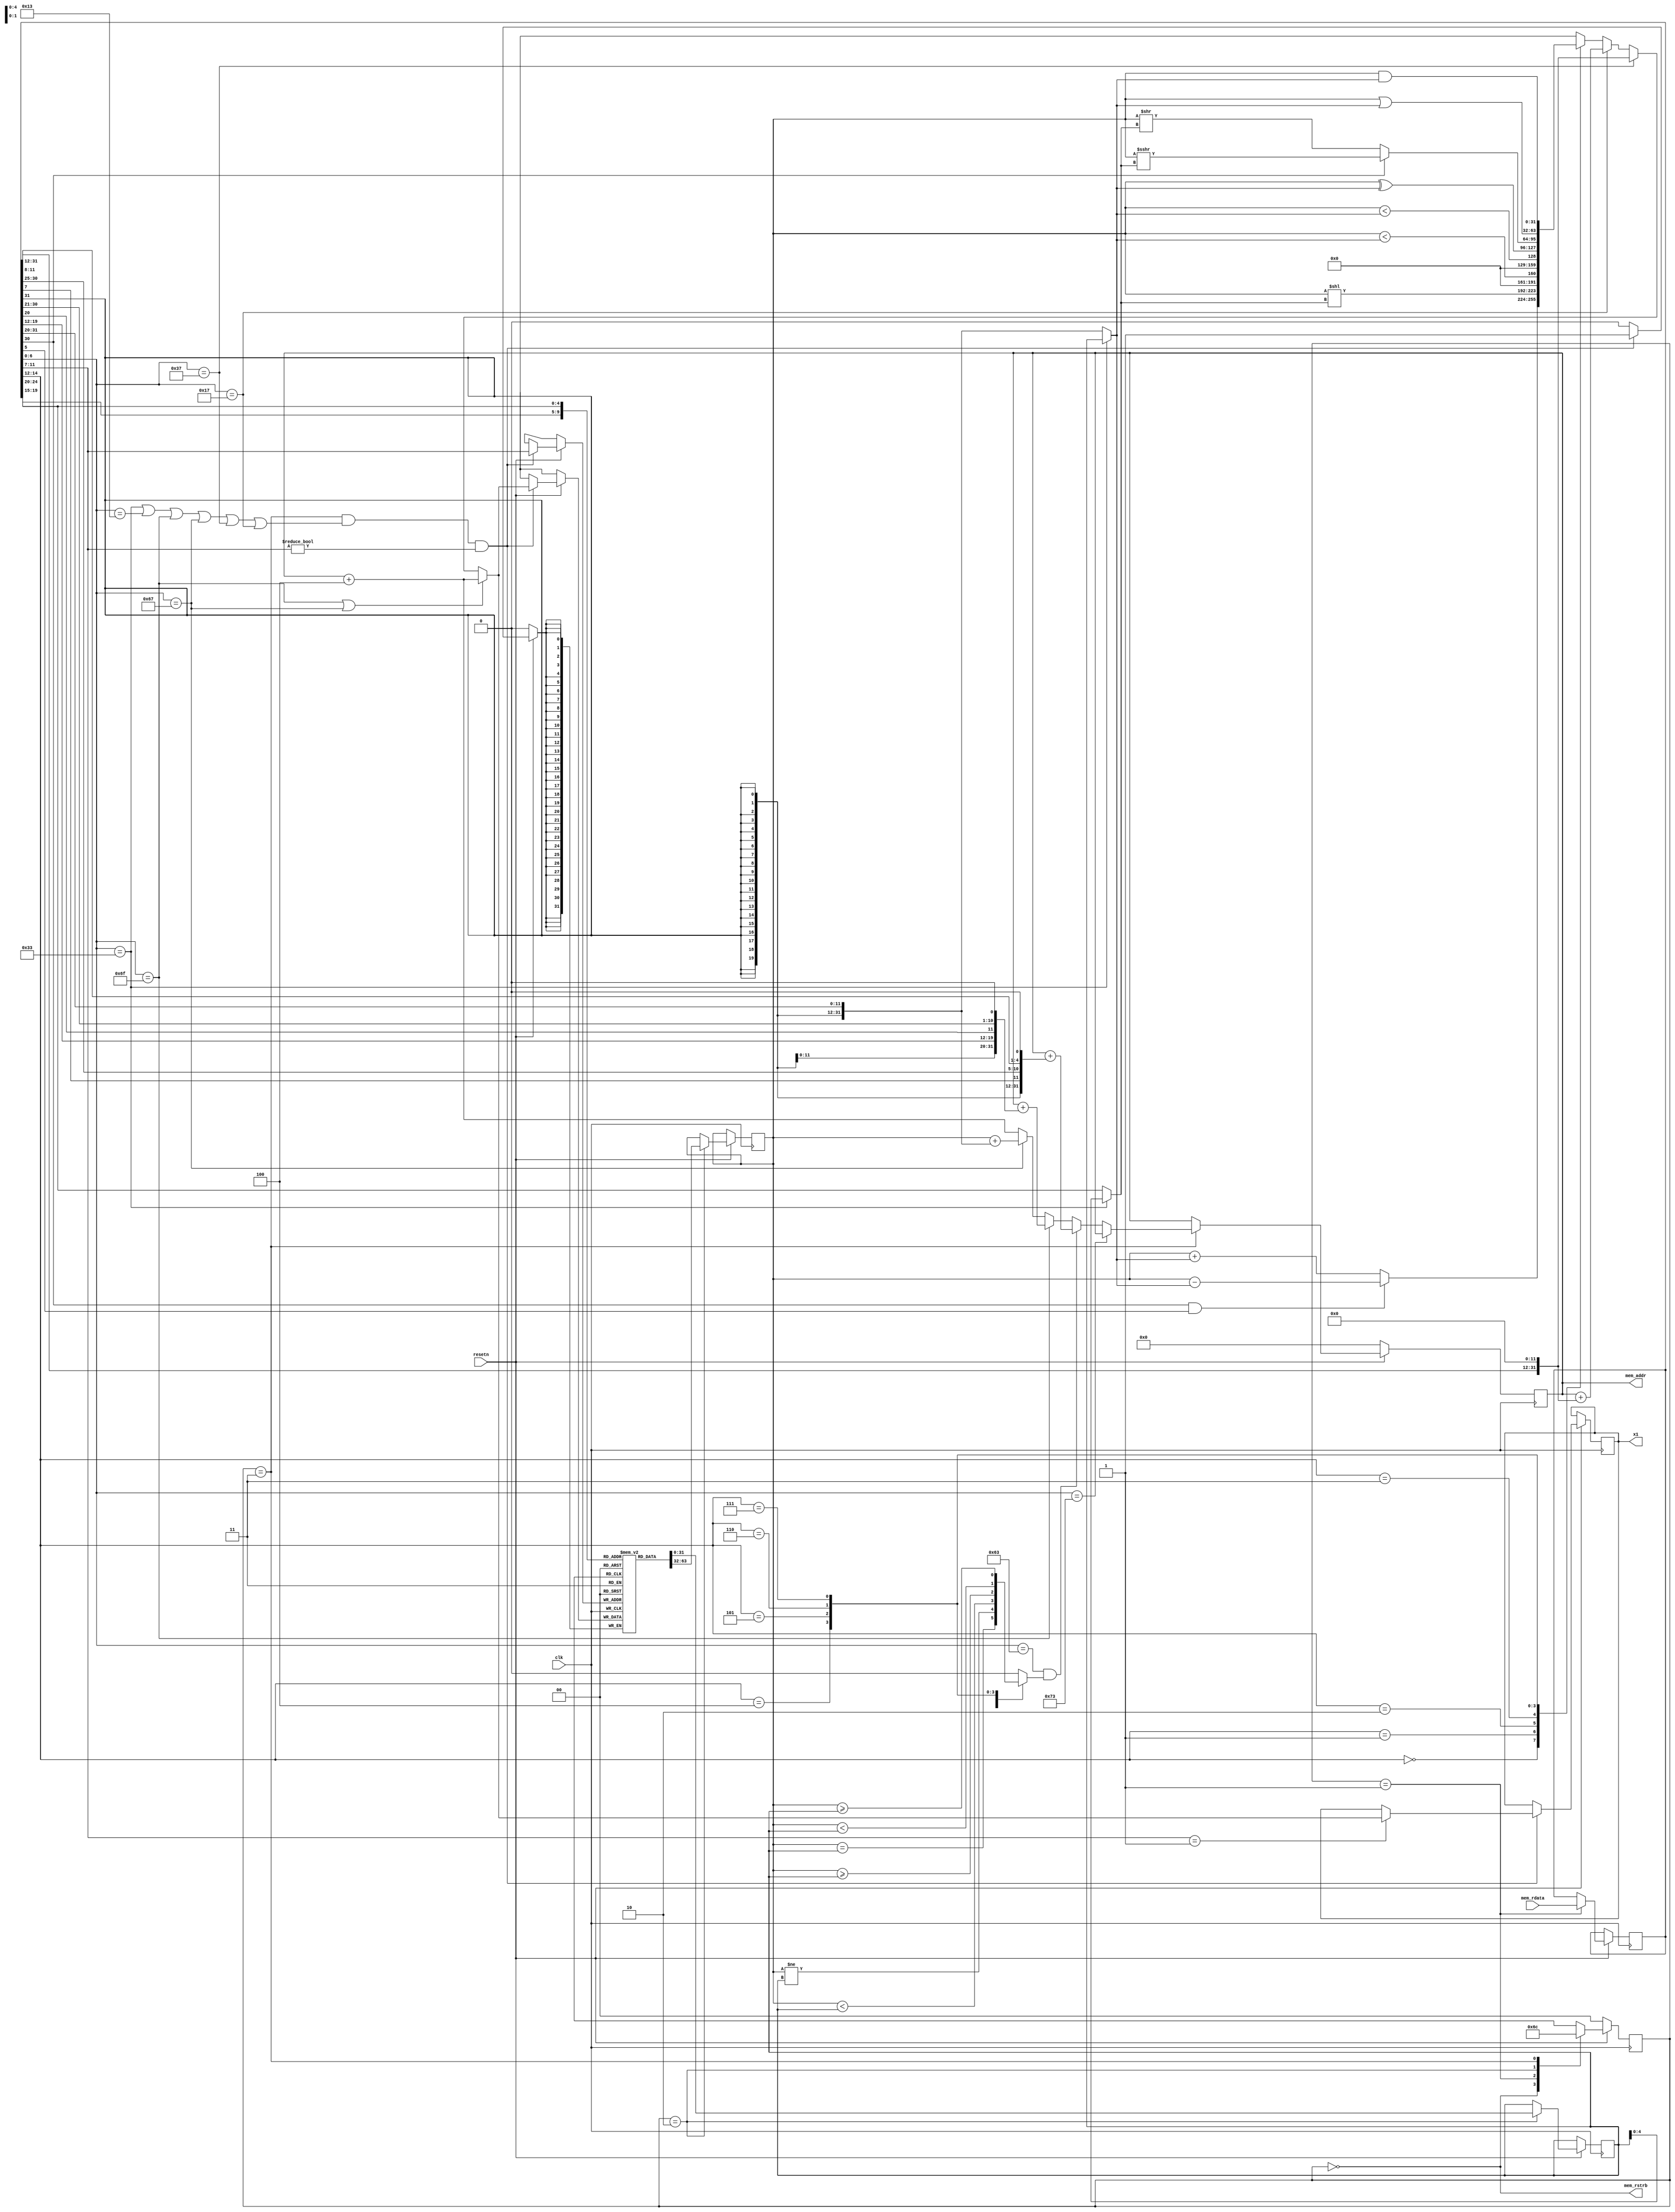
module Processor(
    input   clk,
    input   resetn,
    output  [31:0] mem_addr, 
    input   [31:0] mem_rdata,
    output mem_rstrb,
    output reg [31:0] x1   
);
    reg [31:0] PC=0;        // program counter
    reg [31:0] instr;       // current instruction

    // See the table P. 105 in RISC-V manual
   
    // The 10 RISC-V instructions
    wire isALUreg  =  (instr[6:0] == 7'b0110011); // rd <- rs1 OP rs2   
    wire isALUimm  =  (instr[6:0] == 7'b0010011); // rd <- rs1 OP Iimm
    wire isBranch  =  (instr[6:0] == 7'b1100011); // if(rs1 OP rs2) PC<-PC+Bimm
    wire isJALR    =  (instr[6:0] == 7'b1100111); // rd <- PC+4; PC<-rs1+Iimm
    wire isJAL     =  (instr[6:0] == 7'b1101111); // rd <- PC+4; PC<-PC+Jimm
    wire isAUIPC   =  (instr[6:0] == 7'b0010111); // rd <- PC + Uimm
    wire isLUI     =  (instr[6:0] == 7'b0110111); // rd <- Uimm   
    wire isLoad    =  (instr[6:0] == 7'b0000011); // rd <- mem[rs1+Iimm]
    wire isStore   =  (instr[6:0] == 7'b0100011); // mem[rs1+Simm] <- rs2
    wire isSYSTEM  =  (instr[6:0] == 7'b1110011); // special

    // The 5 immediate formats
    wire [31:0] Uimm={    instr[31],   instr[30:12], {12{1'b0}}};
    wire [31:0] Iimm={{21{instr[31]}}, instr[30:20]};
    wire [31:0] Simm={{21{instr[31]}}, instr[30:25],instr[11:7]};
    wire [31:0] Bimm={{20{instr[31]}}, instr[7],instr[30:25],instr[11:8],1'b0};
    wire [31:0] Jimm={{12{instr[31]}}, instr[19:12],instr[20],instr[30:21],1'b0};

    // Source and destination registers
    wire [4:0] rs1Id = instr[19:15];
    wire [4:0] rs2Id = instr[24:20];
    wire [4:0] rdId  = instr[11:7];

    // function codes
    wire [2:0] funct3 = instr[14:12];
    wire [6:0] funct7 = instr[31:25];

    // The registers bank
    reg [31:0] RegisterBank [0:31];
    reg [31:0] rs1; // value of source
    reg [31:0] rs2; //  registers.
    wire [31:0] writeBackData; // data to be written to rd
    wire        writeBackEn;   // asserted if data should be written to rd

    `ifdef TEST_BENCH   
    integer i;
    initial begin
        for(i=0; i<32; ++i) begin
        RegisterBank[i] = 0;
        end
    end
    `endif

    // The ALU
    wire [31:0] aluIn1 = rs1;
    wire [31:0] aluIn2 = isALUreg ? rs2 : Iimm;
    reg [31:0] aluOut;
    wire [4:0] shamt = isALUreg ? rs2[4:0] : instr[24:20]; // shift amount

    // ADD/SUB/ADDI: 
    // funct7[5] is 1 for SUB and 0 for ADD. We need also to test instr[5]
    // to make the difference with ADDI
    //
    // SRLI/SRAI/SRL/SRA: 
    // funct7[5] is 1 for arithmetic shift (SRA/SRAI) and 
    // 0 for logical shift (SRL/SRLI)
    always @(*) begin
        case(funct3)
        // SUB <- funct[7]==1 && instr[5]==1(ALUimm don't have SUB)
        3'b000: aluOut = (funct7[5] & instr[5]) ? 
                    (aluIn1 - aluIn2) : (aluIn1 + aluIn2);
        // left shift
        3'b001: aluOut = aluIn1 << shamt;
        // 	signed comparison (<)
        3'b010: aluOut = ($signed(aluIn1) < $signed(aluIn2));
        // unsigned comparison (<)
        3'b011: aluOut = (aluIn1 < aluIn2);
        // XOR
        3'b100: aluOut = (aluIn1 ^ aluIn2);
        // logical right shift(0) or arithmetic right shift(1)
        3'b101: aluOut = funct7[5]? ($signed(aluIn1) >>> shamt) : 
                    ($signed(aluIn1) >> shamt); 
        // OR
        3'b110: aluOut = (aluIn1 | aluIn2);
        // AND
        3'b111: aluOut = (aluIn1 & aluIn2);	
        endcase
    end


    // BRANCHES
    // BEQ  rs1, rs2, imm   if(rs1==rs2)PC<-PC+Bimm;
    // BNE  rs1, rs2, imm   if(rs1!=rs2) PC<-PC+Bimm;
    // BLT  rs1, rs2, imm   if(rs1<rs2) PC<-PC+Bimm; (signed comparison)
    // BGE  rs1, rs2, imm   if(rs1>=rs2) PC<-PC+Bimm; (signed comparison)
    // BLTU rs1, rs2, imm   if(rs1<rs2) PC<-PC+Bimm; (unsigned comparison)
    // BGEU rs1, rs2, imm   if(rs1>=rs2) PC<-PC+Bimm; (unsigned comparison)
    reg takeBranch;
    always @(*) begin
        case(funct3)
    3'b000: takeBranch = (rs1 == rs2);
    3'b001: takeBranch = (rs1 != rs2);
    3'b100: takeBranch = ($signed(rs1) < $signed(rs2));
    3'b101: takeBranch = ($signed(rs1) >= $signed(rs2));
    3'b110: takeBranch = (rs1 < rs2);
    3'b111: takeBranch = (rs1 >= rs2);
    default: takeBranch = 1'b0;
        endcase
    end

    // The state machine
    localparam FETCH_INSTR = 0;
    localparam WAIT_INSTR  = 1;
    localparam FETCH_REGS  = 2;
    localparam EXECUTE     = 3;
    reg [1:0] state = FETCH_INSTR;

    // register write back
    assign writeBackData = (isJAL || isJALR) ? (PC + 4) :
                (isLUI) ? Uimm :
                (isAUIPC) ? (PC + Uimm) : 
                aluOut;

    assign writeBackEn = (state == EXECUTE && 
                (isALUreg || 
                isALUimm || 
                isJAL    || 
                isJALR   ||
                isLUI    ||
                isAUIPC)
                );
    // next PC
    wire [31:0] nextPC = (isBranch && takeBranch) ? PC+Bimm  :	       
                        isJAL   ? PC+Jimm  :
                        isJALR  ? rs1+Iimm :
                        PC+4;

    always @(posedge clk) begin
        if(!resetn)
        begin
            PC    <= 0;
            state <= FETCH_INSTR;
        end
        else begin
        if(writeBackEn && rdId != 0)
        begin
            RegisterBank[rdId] <= writeBackData;
            // For displaying what happens.
            if(rdId == 1) begin
                x1 <= writeBackData;
            end
            `ifdef TEST_BENCH	 
                $display("x%0d <= %b",rdId,writeBackData);
            `endif	 
        end
        case(state)
        FETCH_INSTR: begin
            state <= WAIT_INSTR;
        end
        WAIT_INSTR: begin
            instr <= mem_rdata;
            state <= FETCH_REGS;
        end
        FETCH_REGS: begin
            rs1 <= RegisterBank[rs1Id];
            rs2 <= RegisterBank[rs2Id];
            state <= EXECUTE;
        end
        EXECUTE: begin
            if(!isSYSTEM) begin
                PC <= nextPC;
            end
            state <= FETCH_INSTR;
        `ifdef TEST_BENCH      
            if(isSYSTEM) $finish();
        `endif      
        end
        endcase 
        end
    end

    assign mem_addr = PC;
    assign mem_rstrb = (state == FETCH_INSTR);

    `ifdef TEST_BENCH
    always @(posedge clk) begin
        if(state == FETCH_REGS) begin
        case (1'b1)
        isALUreg: $display(
                    "ALUreg rd=%d rs1=%d rs2=%d funct3=%b",
                    rdId, rs1Id, rs2Id, funct3
                    );
        isALUimm: $display(
                    "ALUimm rd=%d rs1=%d imm=%0d funct3=%b",
                    rdId, rs1Id, Iimm, funct3
                    );
        isBranch: $display("BRANCH rs1=%0d rs2=%0d",rs1Id, rs2Id);
        isJAL:    $display("JAL");
        isJALR:   $display("JALR");
        isAUIPC:  $display("AUIPC");
        isLUI:    $display("LUI");	
        isLoad:   $display("LOAD");
        isStore:  $display("STORE");
        isSYSTEM: $display("SYSTEM");
        endcase 
        if(isSYSTEM) begin
        $finish();
        end
        end 
    end
    `endif	      
   
endmodule